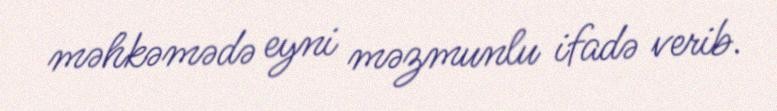
məhkəmədə eyni məzmunlu ifadə verib.